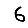
Digit: 6